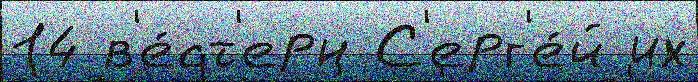
14 в'е́ст'ерн С'ерг'е́й их